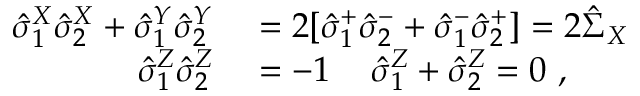
\begin{array} { r l } { \hat { \sigma } _ { 1 } ^ { X } \hat { \sigma } _ { 2 } ^ { X } + \hat { \sigma } _ { 1 } ^ { Y } \hat { \sigma } _ { 2 } ^ { Y } } & { { } = 2 [ \hat { \sigma } _ { 1 } ^ { + } \hat { \sigma } _ { 2 } ^ { - } + \hat { \sigma } _ { 1 } ^ { - } \hat { \sigma } _ { 2 } ^ { + } ] = 2 \hat { \Sigma } _ { X } } \\ { \hat { \sigma } _ { 1 } ^ { Z } \hat { \sigma } _ { 2 } ^ { Z } } & { { } = - 1 \, \quad \hat { \sigma } _ { 1 } ^ { Z } + \hat { \sigma } _ { 2 } ^ { Z } = 0 \ , } \end{array}